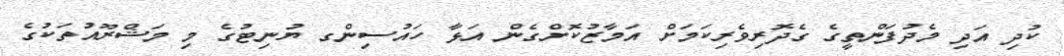
ކުދި އަދި މެދުފަންތީގެ ގެދޮރިވެރިކަމަށް އަމާޒުކޮށްގެން އަޅާ ހައުސިންގ ޔުނިޓުގެ މި މަޝްރޫއުތަކުގެ